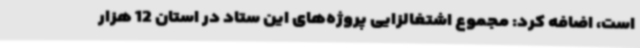
است، اضافه کرد: مجموع اشتغالزایی پروژه‌های این ستاد در استان 12 هزار